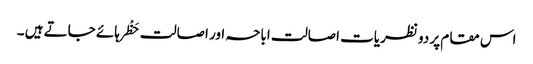
اس مقام پر دو نظریات اصالت اباحہ اور اصالت حَظْر ہائے جاتے ہیں ۔